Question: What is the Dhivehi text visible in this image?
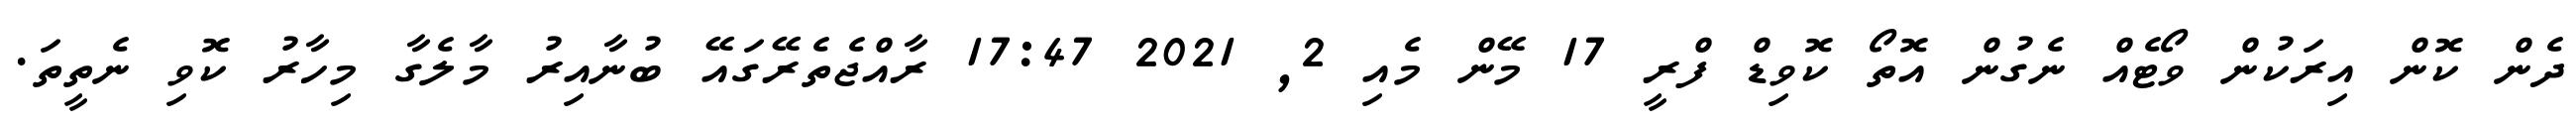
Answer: ދެން ކޮން އިރަކުން ވޯޓެއް ނެގުން އޮތޯ ކޮވިޑް ފްރީ 17 މޭން މެއި 2, 2021 17:47 ރާއްޖެތެރޭގައޭ ބުނާއިރު މާލެގާ މިހާރު ކޮވި ނެތީތަ.